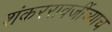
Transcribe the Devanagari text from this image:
शंकररावजींच्याच